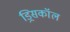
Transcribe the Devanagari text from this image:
ड्रिसकॉल